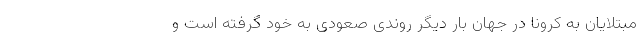
مبتلایان به کرونا در جهان بار دیگر روندی صعودی به خود گرفته است و